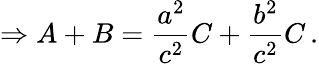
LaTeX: \Rightarrow A+B={\frac{a^{2}}{c^{2}}}C+{\frac{b^{2}}{c^{2}}}C\, .